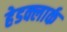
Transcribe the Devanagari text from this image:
हेडक्लार्क